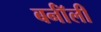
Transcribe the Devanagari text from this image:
बर्नॉली